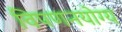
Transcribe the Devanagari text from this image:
विपणनयोग्य